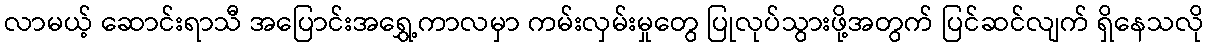
လာမယ့် ဆောင်းရာသီ အပြောင်းအရွှေ့ကာလမှာ ကမ်းလှမ်းမှုတွေ ပြုလုပ်သွားဖို့အတွက် ပြင်ဆင်လျက် ရှိနေသလို